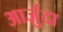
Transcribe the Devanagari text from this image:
आर्ज़ुदा